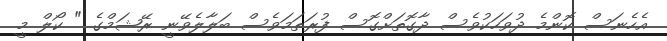
އެހެނަސް ކޮންމެ ދުވަހަކުވެސް ދާގޮތަށްގޮސް ފުރަތަމަވެސް ބަލާލެވޭނީ ރޭޝަމްގެ " ކޯލް މީ